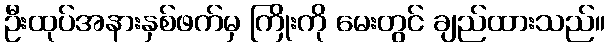
ဦးထုပ်အနားနှစ်ဖက်မှ ကြိုးကို မေးတွင် ချည်ထားသည်။